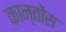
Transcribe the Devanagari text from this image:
कान्तोंस